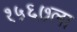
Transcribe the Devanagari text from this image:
१५६७ला